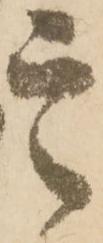
定